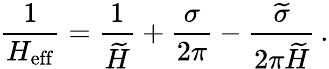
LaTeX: \frac{1}{H_{\mathrm{eff}}}=\frac{1}{\widetilde{H}}+\frac{\sigma}{2\pi}-\frac{\widetilde{\sigma}}{2\pi\widetilde{H}}\, .